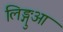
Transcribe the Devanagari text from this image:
लिङ्गुआ